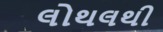
લોથલથી